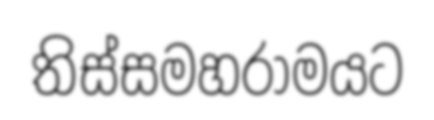
තිස්සමහරාමයට